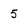
Character: 5